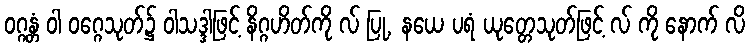
ဝဂ္ဂန္တံ ဝါ ဝဂ္ဂေသုတ်၌ ဝါသဒ္ဒါဖြင့် နိဂ္ဂဟိတ်ကို လ် ပြု, နယေ ပရံ ယုတ္တေသုတ်ဖြင့် လ် ကို နောက် လိ